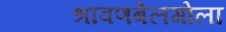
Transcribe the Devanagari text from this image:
श्रावणबेलगोला